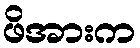
ဖိအားက